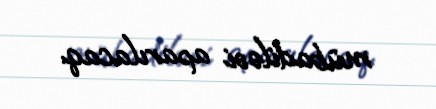
mübadiləsi aparılacaq.